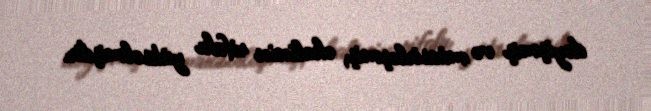
dəyişmiş və müasirləşmiş, əhalinin rifahı yüksəlmişdir.